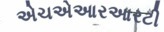
એચએઆરઆરટી